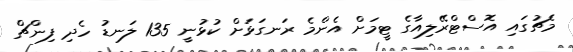
މެޗުގައި އޮސްޓްރޭލިއާގެ ޓީމަށް އެންމެ ރަނގަޅަށް ކުޅުނީ 135 ލަނޑު ހެދި ފިންޗް